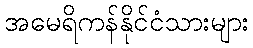
အမေရိကန်နိုင်ငံသားများ